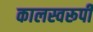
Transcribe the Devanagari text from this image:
कालस्वरूपी